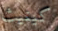
كينيث